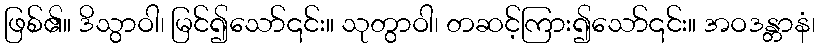
ဖြစ်၏။ ဒိသွာဝါ၊ မြင်၍သော်၎င်း။ သုတွာဝါ၊ တဆင့်ကြား၍သော်၎င်း။ အဝဒန္တာနံ၊